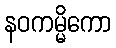
နဝကမ္မိကော